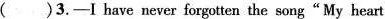
( )3.-I have never forgotten the song "My heart